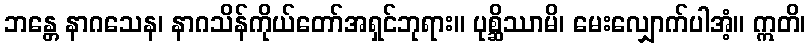
ဘန္တေ နာဂသေန၊ နာဂသိန်ကိုယ်တော်အရှင်ဘုရား။ ပုစ္ဆိဿာမိ၊ မေးလျှောက်ပါအံ့။ ဣတိ၊